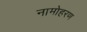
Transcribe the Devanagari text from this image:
नामोहरण